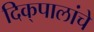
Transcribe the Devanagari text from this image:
दिक्‌पालांचे